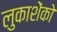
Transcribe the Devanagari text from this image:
लुकाशेंको